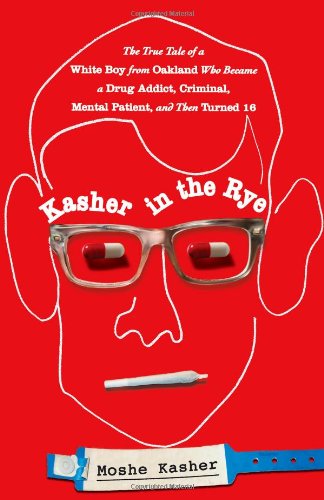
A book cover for Kasher in the Rye: The True Tale of a White Boy from Oakland Who Became a Drug Addict, Criminal, Mental Patient, and Then Turned 16; Moshe Kasher; Humor & Entertainment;